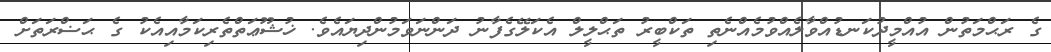
ގެ ރަޙްމަތުން އުއްމީދުކަނޑުއްވާލެއްވުމެއްނެތި ތަކްބީރު ތަޙްލީލް އެކަލޭގެފާނު ދަންނަވަމުންދިޔައެވެ. ޚުޝޫޢަތްތެރިކަމާއިއެކު ގެ ޙަޟްރަތަށް